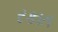
રકાત